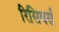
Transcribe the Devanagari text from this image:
रिसिवर्स